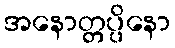
အနောတ္တပ္ပိနော